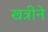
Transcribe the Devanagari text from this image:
खत्रीने